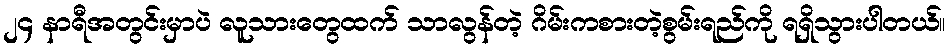
၂၄ နာရီအတွင်းမှာပဲ လူသားတွေထက် သာလွန်တဲ့ ဂိမ်းကစားတဲ့စွမ်းရည်ကို ရရှိသွားပါတယ်။